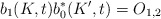
\begin{align*}b_{1}(K,t)b_{0}^{\ast }(K^{\prime },t)=O_{1,2} \end{align*}